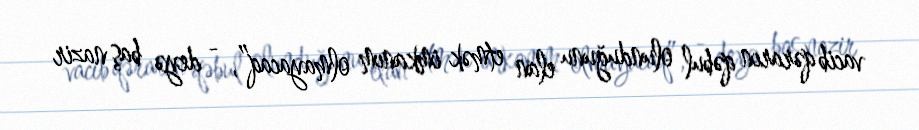
vacib qərarın qəbul olunduğunu elan etmək imkanım olmayacaq”, - deyə baş nazir